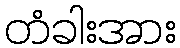
တံခါးအား